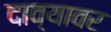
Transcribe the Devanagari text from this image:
दाव्यावर